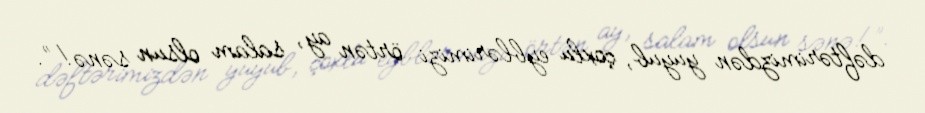
dəftərimizdən yuyub, çoxlu eyblərimizi örtən ay, salam olsun sənə!”.